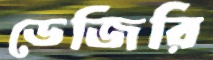
ডেজিরি